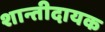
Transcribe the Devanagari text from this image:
शान्तीदायक